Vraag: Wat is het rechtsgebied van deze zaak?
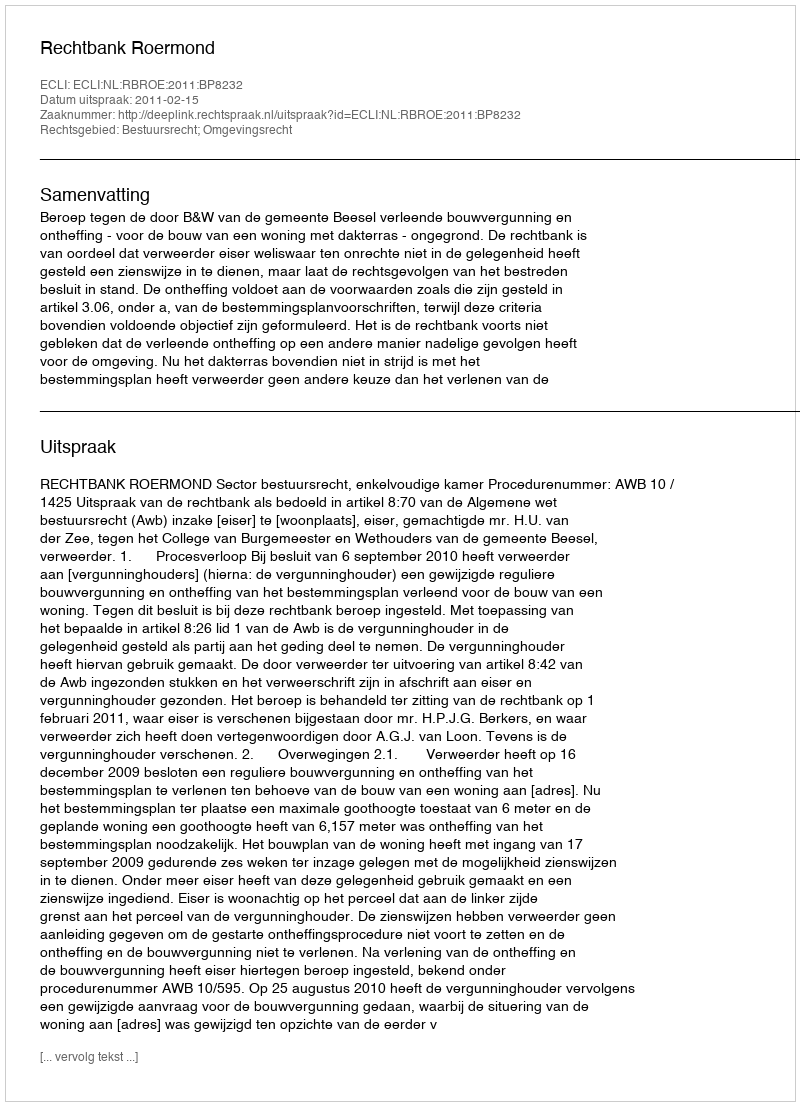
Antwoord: Bestuursrecht; Omgevingsrecht